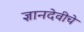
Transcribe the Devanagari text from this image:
ज्ञानदेवीचे